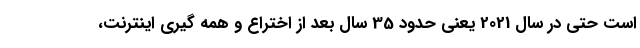
است حتی در سال 2021 یعنی حدود 35 سال بعد از اختراع و همه گیری اینترنت،